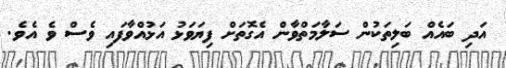
އަދި ބައެއް ބަލިތަކުން ސަލާމަތްވާން އެގޮތަށް ފިޔަވަޅު އަޅުއްވާފައި ވެސް ވެ އެވެ.